Leprosy in India: report of the Leprosy Commission in India, 1890-91
Year: 1890
Disease focus: Leprosy
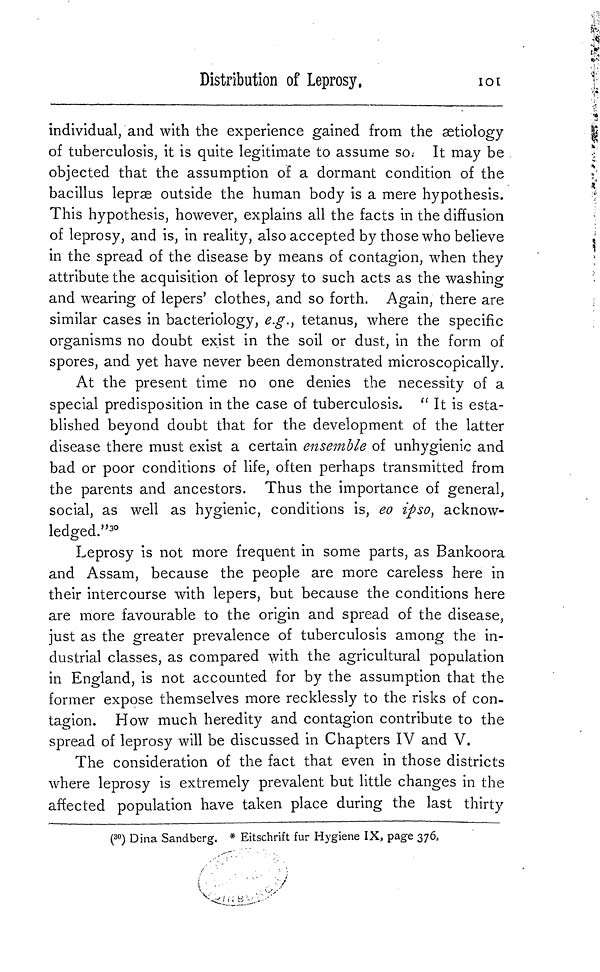
Distribution of Leprosy,
101
individual, and with the experience gained from the aetiology
of tuberculosis, it is quite legitimate to assume so It may be
objected that the assumption of a dormant condition of the
bacillus lepr
 outside the human body is a mere hypothesis.
This hypothesis, however, explains all the facts in the diffusion
of leprosy, and is, in reality, also accepted by those who believe
in the spread of the disease by means of contagion, when they
attribute the acquisition of leprosy to such acts as the washing
and wearing of lepers' clothes, and so forth. Again, there are
similar cases in bacteriology, e.g., tetanus, where the specific
organisms no doubt exist in the soil or dust, in the form of
spores, and yet have never been demonstrated microscopically.
At the present time no one denies the necessity of a
special predisposition in the case of tuberculosis. " It is esta-
blished beyond doubt that for the development of the latter
disease there must exist a certain ensemble of unhygienic and
bad or poor conditions of life, often perhaps transmitted from
the parents and ancestors. Thus the importance of general,
social, as well as hygienic, conditions is, eo ipso, acknow-
ledged." 30
Leprosy is not more frequent in some parts, as Bankoora
and Assam, because the people are more careless here in
their intercourse with lepers, but because the conditions here
are more favourable to the origin and spread of the disease,
just as the greater prevalence of tuberculosis among the in-
dustrial classes, as compared with the agricultural population
in England, is not accounted for by the assumption that the
former expose themselves more recklessly to the risks of con-
tagion. How much heredity and contagion contribute to the
spread of leprosy will be discussed in Chapters IV and V.
The consideration of the fact that even in those districts
where leprosy is extremely prevalent but little changes in the
affected population have taken place during the last thirty
( 30 ) Dina Sandberg. * Eitschrift fur Hygiene IX, page 376,